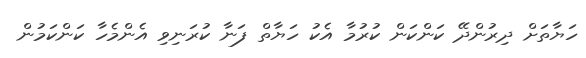
ހަޔާތަށް ދިރުންދޭ ކަންކަން ކުރުމާ އެކު ހަޔާތް ފަނާ ކުރަނިވި އެންމެހާ ކަންކަމުން